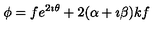
\phi = f e ^ { 2 \imath \theta } + 2 ( \alpha + \imath \beta ) k f